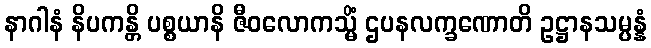
နာဂါနံ နိပကန္တိ ပစ္စယာနိ ဇီဝလောကသ္မိံ ဌပနလက္ခဏောတိ ဥဋ္ဌာနသမ္ပန္နံ